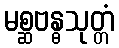
မစ္ဆဗန္ဓသုတ္တံ